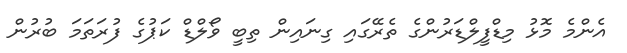
އެންމެ މޮޅު މިޑްފީލްޑަރުންގެ ތެރޭގައި ގިނައިން ތިބީ ވޯލްޑް ކަޕުގެ ފުރަތަމަ ބުރުން